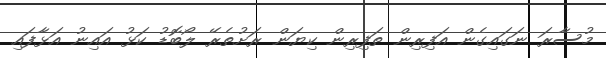
މުސާރަ ނަގައިގެން އަފިރިން ތަފިރިން ކިޔަން ރަށުތެރޭ ލޯބޮޑު ކަޅު އައިނު އަޅާފައި